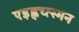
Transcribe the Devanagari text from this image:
एइह्नच्त्स्मन